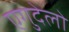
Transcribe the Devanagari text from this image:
एगुदेलो